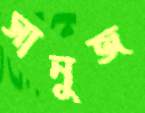
সানুজ